Notes on the propagation and cultivation of the medicinal cinchonas, or Peruvian bark trees
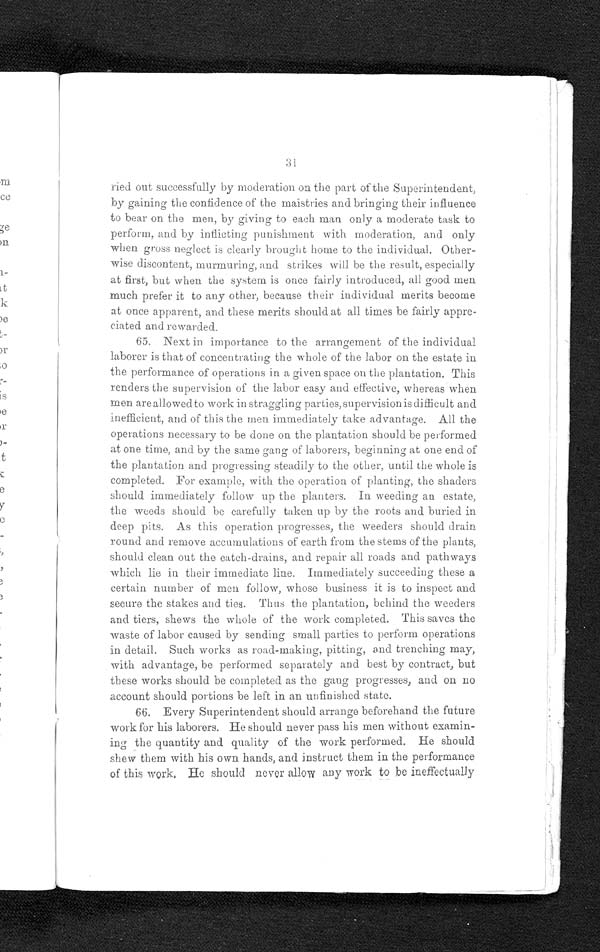
31
ried out successfully by moderation on the part of the Superintendent,
by gaining the confidence of the maistries and bringing their influence
to bear on the men, by giving to each man only a moderate task to
perform, and by inflicting punishment with moderation, and only
when gross neglect is clearly brought home to the individual. Other-
wise discontent, murmuring, and strikes will be the result, especially
at first, but when the system is once fairly introduced, all good men
much prefer it to any other, because their individual merits become
at once apparent, and these merits should at all times be fairly appre-
ciated and rewarded.
65. Next in importance to the arrangement of the individual
laborer is that of concentrating the whole of the labor on the estate in
the performance of operations in a given space on the plantation. This
renders the supervision of the labor easy and effective, whereas when
men are allowed to work in straggling parties, supervision is difficult and
inefficient, and of this the men immediately take advantage. All the
operations necessary to be done on the plantation should be performed
at one time, and by the same gang of laborers, beginning at one end of
the plantation and progressing steadily to the other, until the whole is
completed. For example, with the operation of planting, the shaders
should immediately follow up the planters. In weeding an estate,
the weeds should be carefully taken up by the roots and buried in
deep pits. As this operation progresses, the weeders should drain
round and remove accumulations of earth from the stems of the plants,
should clean out the catch-drains, and repair all roads and pathways
which lie in their immediate line. Immediately succeeding these a
certain number of men follow, whose business it is to inspect and
secure the stakes and ties. Thus the plantation, behind the weeders
and tiers, shews the whole of the work completed. This saves the
waste of labor caused by sending small parties to perform operations
in detail. Such works as road-making, pitting, and trenching may,
with advantage, be performed separately and best by contract, but
these works should be completed as the gang progresses, and on no
account should portions be left in an unfinished state.
66. Every Superintendent should arrange beforehand the future
work for his laborers. He should never pass his men without examin
-ing the quantity and quality of the work performed. He should
shew them with his own hands, and instruct them in the performance
of this work. He should never allow any work to be ineffectually